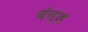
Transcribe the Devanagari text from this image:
ब॑न्त